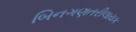
બિનગણતરીલાયક